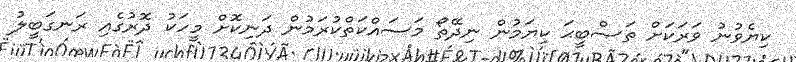
ކިޔެވުނު ވަރަކަށް ތަޞްބީޙަ ކިޔަމުން ނިދޭތޯ މަސައްކަތްކުރަމުން ދަނިކޮށް މީހަކު ދޮރުގެއި ރަނގަބީލު